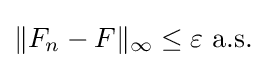
{\textstyle \|F_{n}-F\|_{\infty }\leq \varepsilon {\text{ a.s.}}}